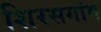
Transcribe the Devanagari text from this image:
शिरसगांव